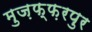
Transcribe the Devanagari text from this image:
मुज़फ्फ़रपुर